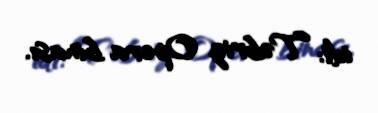
idi: Təbriz Opera binası.